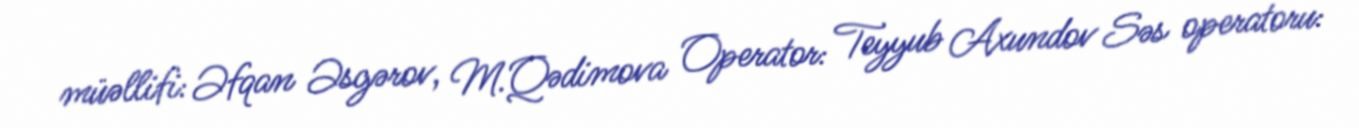
müəllifi: Əfqan Əsgərov, M.Qədimova Operator: Teyyub Axundov Səs operatoru: